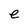
Character: e